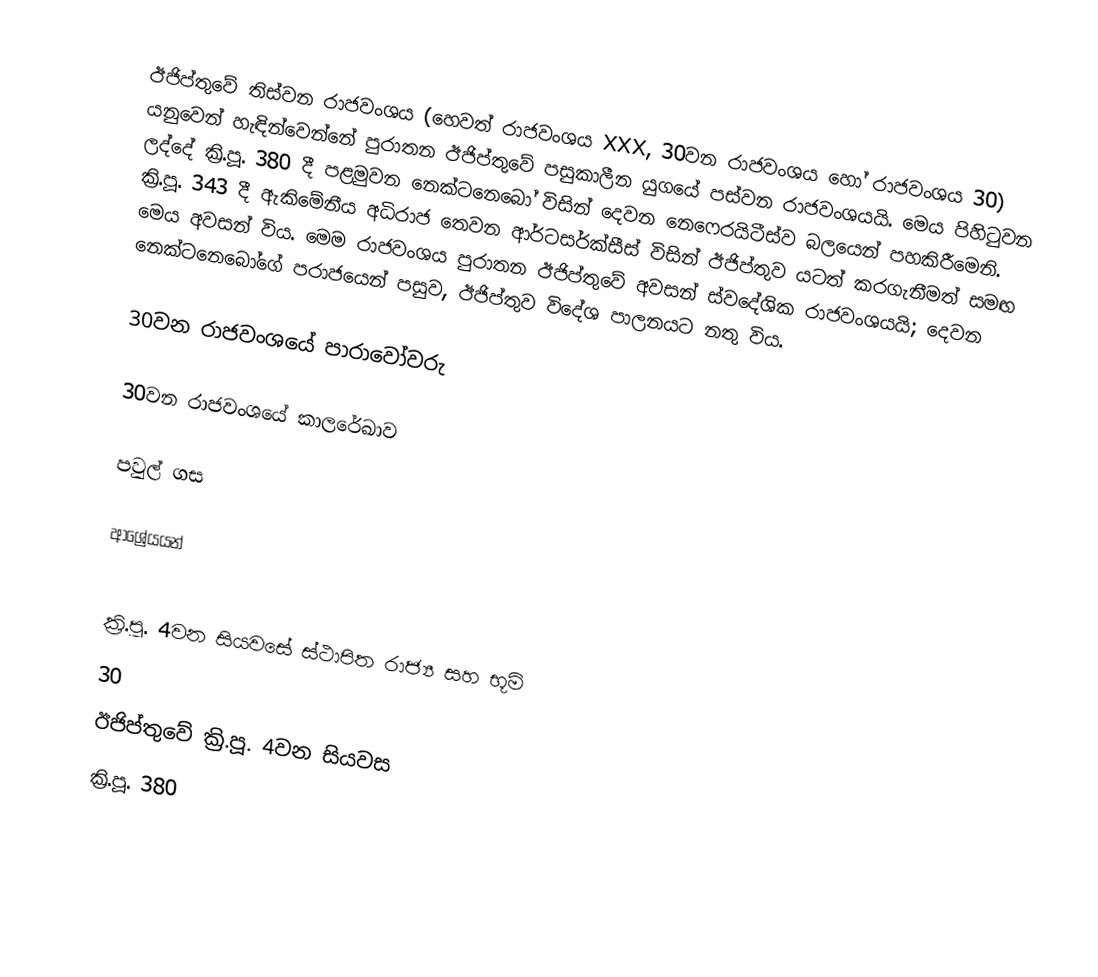
ඊජිප්තුවේ තිස්වන රාජවංශය (හෙවත් රාජවංශය XXX, 30වන රාජවංශය හෝ රාජවංශය 30) යනුවෙන් හැඳින්වෙන්නේ පුරාතන ඊජිප්‍තුවේ පසුකාලීන යුගයේ පස්වන රාජවංශයයි. මෙය පිහිටුවන ලද්දේ ක්‍රි.පූ. 380 දී පළමුවන නෙක්ටනෙබෝ විසින් දෙවන නෙෆෙරයිටීස්ව බලයෙන් පහකිරීමෙනි. ක්‍රි.පූ. 343 දී ඇකිමේනීය අධිරාජ තෙවන ආර්ටසර්ක්සීස් විසින් ඊජිප්‍තුව යටත් කරගැනීමත් සමඟ මෙය අවසන් විය. මෙම රාජවංශය පුරාතන ඊජිප්‍තුවේ අවසන් ස්වදේශික රාජවංශයයි; දෙවන නෙක්ටනෙබෝගේ පරාජයෙන් පසුව, ඊජිප්‍තුව විදේශ පාලනයට නතු විය.

30වන රාජවංශයේ පාරාවෝවරු

30වන රාජවංශයේ කාලරේඛාව

පවුල් ගස

ආශ්‍රේයයන්

ක්‍රි.පූ. 4වන සියවසේ ස්ථාපිත රාජ්‍ය සහ භූමි
30
ඊජිප්තුවේ ක්‍රි.පූ. 4වන සියවස
ක්‍රි.පූ. 380